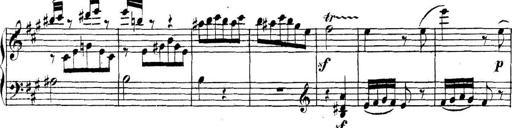
Title: Collected Piano Sonatas
Composer: Muzio Clementi